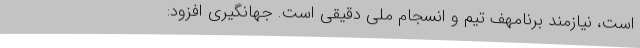
است، نیازمند برنامهف تیم و انسجام ملی دقیقی است. جهانگیری افزود: